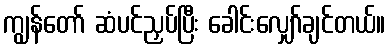
ကျွန်တော် ဆံပင်ညှပ်ပြီး ခေါင်းလျှော်ချင်တယ်။